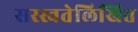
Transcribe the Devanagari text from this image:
सरस्वतेलिखित